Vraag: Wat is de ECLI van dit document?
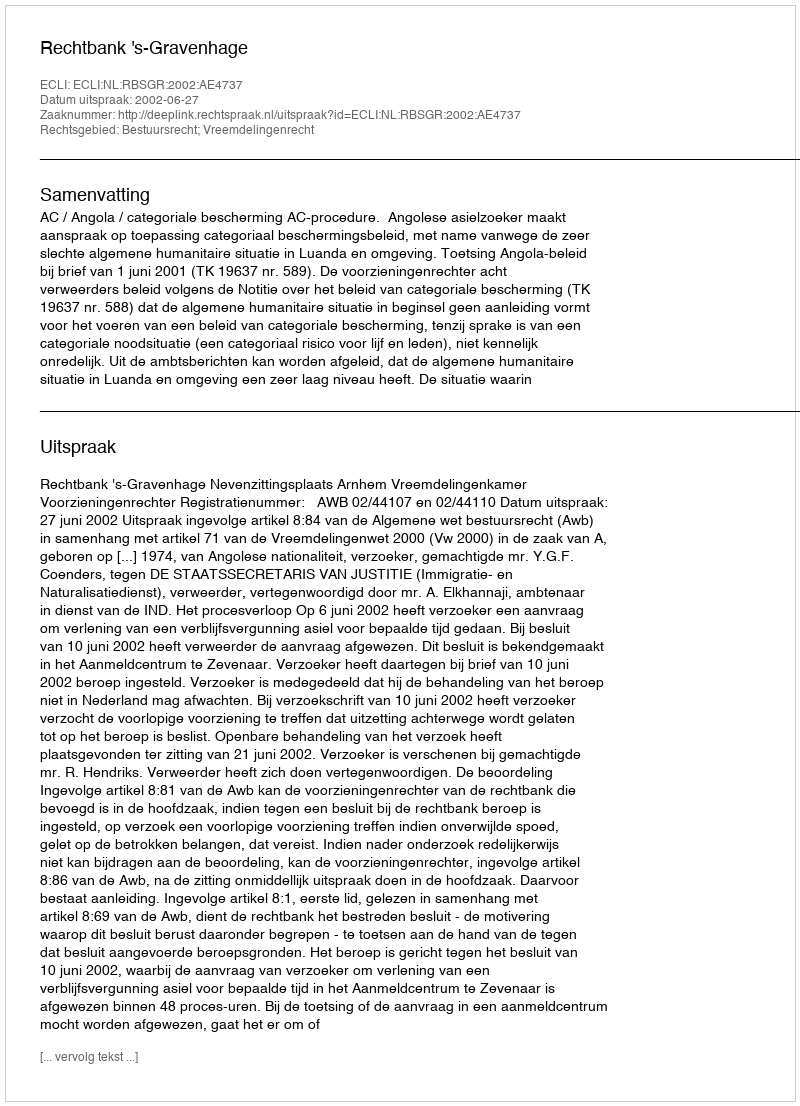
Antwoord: ECLI:NL:RBSGR:2002:AE4737